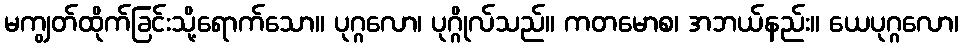
မကျွတ်ထိုက်ခြင်းသို့ရောက်သော။ ပုဂ္ဂလော၊ ပုဂ္ဂိုလ်သည်။ ကတမောစ၊ အဘယ်နည်း။ ယေပုဂ္ဂလော၊